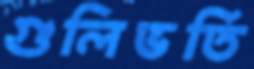
গুলিভর্তি